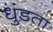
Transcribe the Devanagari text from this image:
धुंडता